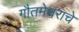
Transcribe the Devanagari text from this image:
गौतमेश्वराचे